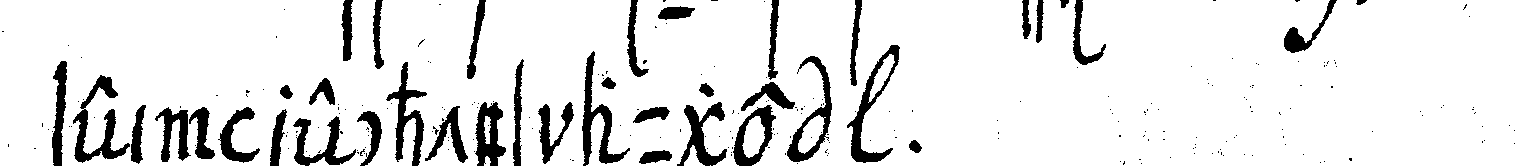
sein rechtes auge  .